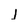
Character: j